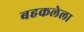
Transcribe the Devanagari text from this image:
बहकलेला